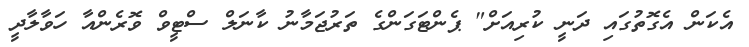
އެކަން އެގޮތުގައި ދަނީ ކުރިއަށް" ޕެންޓަގަންގެ ތަރުޖަމާނު ކާނަލް ސްޓީވް ވޮރެންއާ ހަވާލާދީ